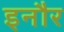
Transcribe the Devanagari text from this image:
इनौर